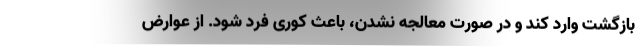
بازگشت وارد کند و در صورت معالجه نشدن، باعث کوری فرد شود. از عوارض